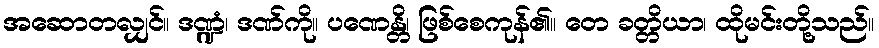
အဆောတလျှင်။ ဒဏ္ဍံ၊ ဒဏ်ကို။ ပဏေန္တိ၊ ဖြစ်စေကုန်၏။ တေ ခတ္တိယာ၊ ထိုမင်းတို့သည်။